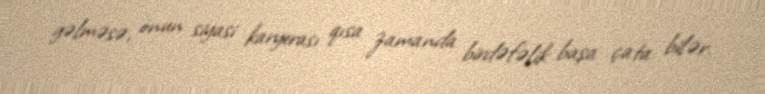
gəlməsə, onun siyasi karyerası qısa zamanda birdəfəlik başa çata bilər.